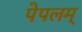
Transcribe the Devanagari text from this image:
पेपलम्